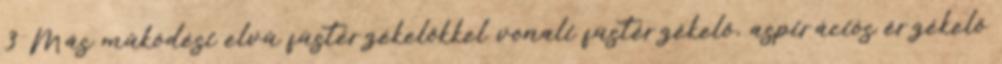
3 Más mûködési elvû füstérzékelõkkel vonali füstérzékelõ, aspirációs érzékelõ